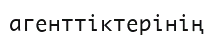
агенттіктерінің